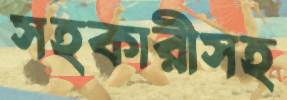
সহকারীসহ